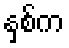
နှစ်က